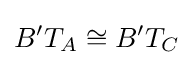
B'T_{A}\cong B'T_{C}